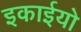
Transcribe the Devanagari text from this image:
इकाईयो